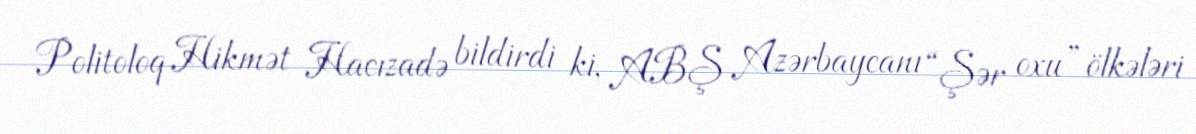
Politoloq Hikmət Hacızadə bildirdi ki, ABŞ Azərbaycanı “Şər oxu” ölkələri